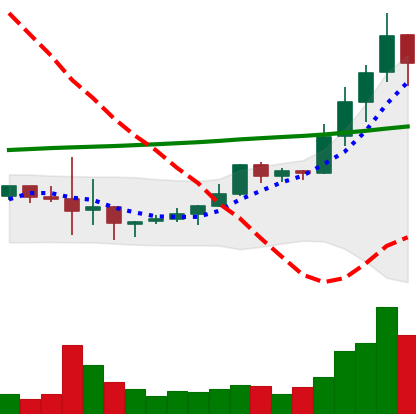
Ticker: LINK-USD
Chart end date: 2019-10-10
Forward return: -9.133%
Label: down_7plus